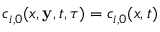
c _ { i , 0 } ( x , \mathbf { y } , t , \tau ) = c _ { i , 0 } ( x , t )